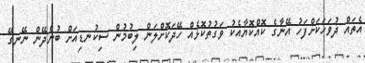
އެތައް ދުވަހަކަށްފަހު އޭނާގެ ކޮއްކޮޔާއެކު ވަގުތުކޮޅެއް ހޭދަކޮށްލަން ލިބުމުން ސިކުނޑިއަށް ބުނެދޭން ނޭނގޭ